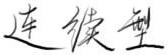
连续型